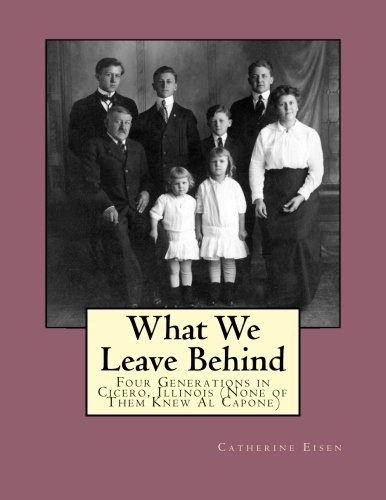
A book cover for What We Leave Behind: Four Generations in Cicero, Illinois (None of Them Knew Al Capone); Catherine M. Eisen; Parenting & Relationships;